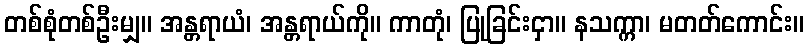
တစ်စုံတစ်ဦးမျှ။ အန္တရာယံ၊ အန္တရာယ်ကို။ ကာတုံ၊ ပြုခြင်းငှာ။ နသက္ကာ၊ မတတ်ကောင်း။